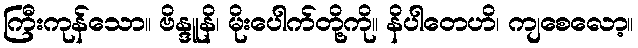
ကြီးကုန်သော။ ဗိန္ဒူနိ၊ မိုးပေါက်တို့ကို။ နိပါတေဟိ၊ ကျစေလော့။